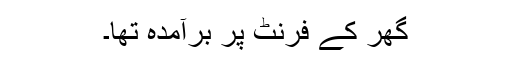
گھر کے فرنٹ پر برآمدہ تھا۔